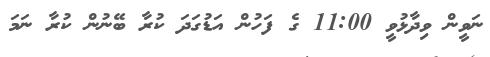
ނަވީން ވިދާޅުވީ 11:00 ގެ ފަހުން އަޑުގަދަ ކުރާ ބޭނުން ކުރާ ނަމަ